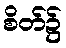
စိတ်၌